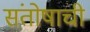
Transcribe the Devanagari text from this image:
संतोषाची